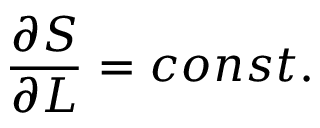
\frac { \partial S } { \partial { \cal { L } } } = c o n s t .